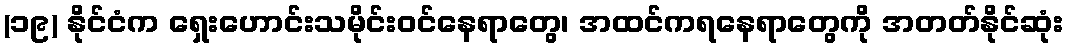
(၁၉) နိုင်ငံက ရှေးဟောင်းသမိုင်းဝင်နေရာတွေ၊ အထင်ကရနေရာတွေကို အတတ်နိုင်ဆုံး